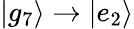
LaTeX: |g_{7}\rangle\to|e_{2}\rangle